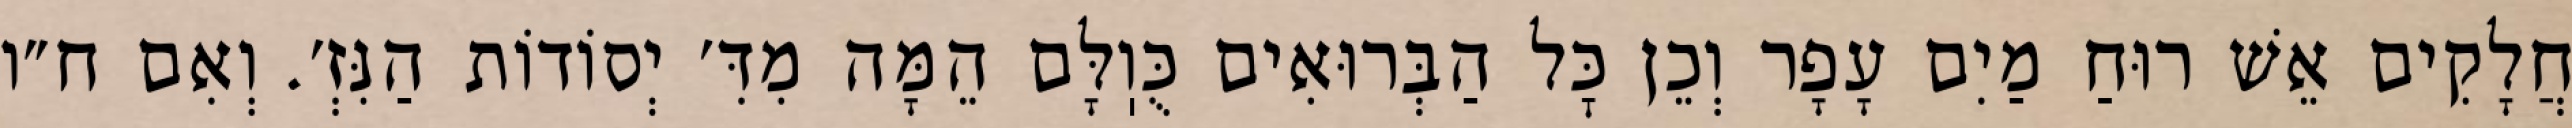
חֲלָקִים אֵשׁ רוּחַ מַיִם עָפָר וְכֵן כׇּל הַבְּרוּאִים כֻּוֽלָּם הֵמָּה מִדִּ׳ יְסוֹדוֹת הַנִּזְ׳. וְאִם ח״ו